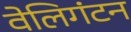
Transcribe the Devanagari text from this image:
वेलिगंटन